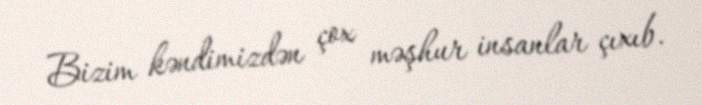
Bizim kəndimizdən çox məşhur insanlar çıxıb.